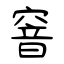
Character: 窨